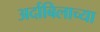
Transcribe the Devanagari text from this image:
अर्दाबिलाच्या